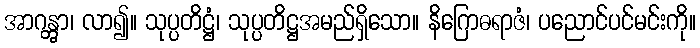
အာဂန္တွာ၊ လာ၍။ သုပ္ပတိဋ္ဌံ၊ သုပ္ပတိဋ္ဌအမည်ရှိသော။ နိဂြောဓရာဇံ၊ ပညောင်ပင်မင်းကို။